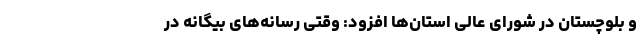
و بلوچستان در شورای عالی استان‌ها افزود: وقتی رسانه‌های بیگانه در